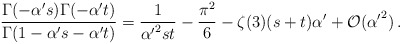
\begin{align*}\frac{\Gamma(- \alpha' s) \Gamma(- \alpha' t)} {\Gamma(1- \alpha' s - \alpha' t)} = \frac{1}{{\alpha'}^2 s t} - \frac{\pi^2}{6} - \zeta(3) (s+t) \alpha' + {\cal O}({\alpha'}^2)\,.\end{align*}